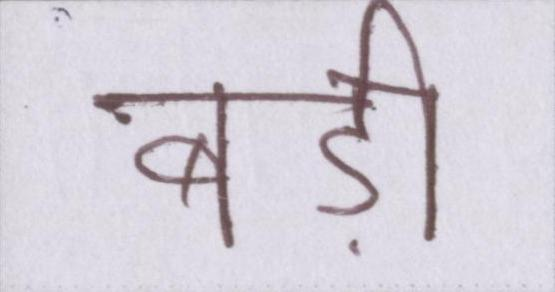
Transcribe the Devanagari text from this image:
बड़ी